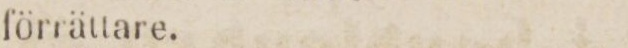
förrättare.